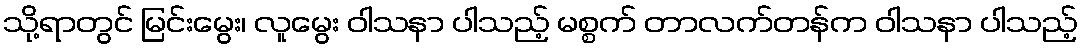
သို့ရာတွင် မြင်းမွေး၊ လူမွေး ဝါသနာ ပါသည့် မစ္စက် တာလက်တန်က ဝါသနာ ပါသည့်